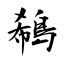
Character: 鵗